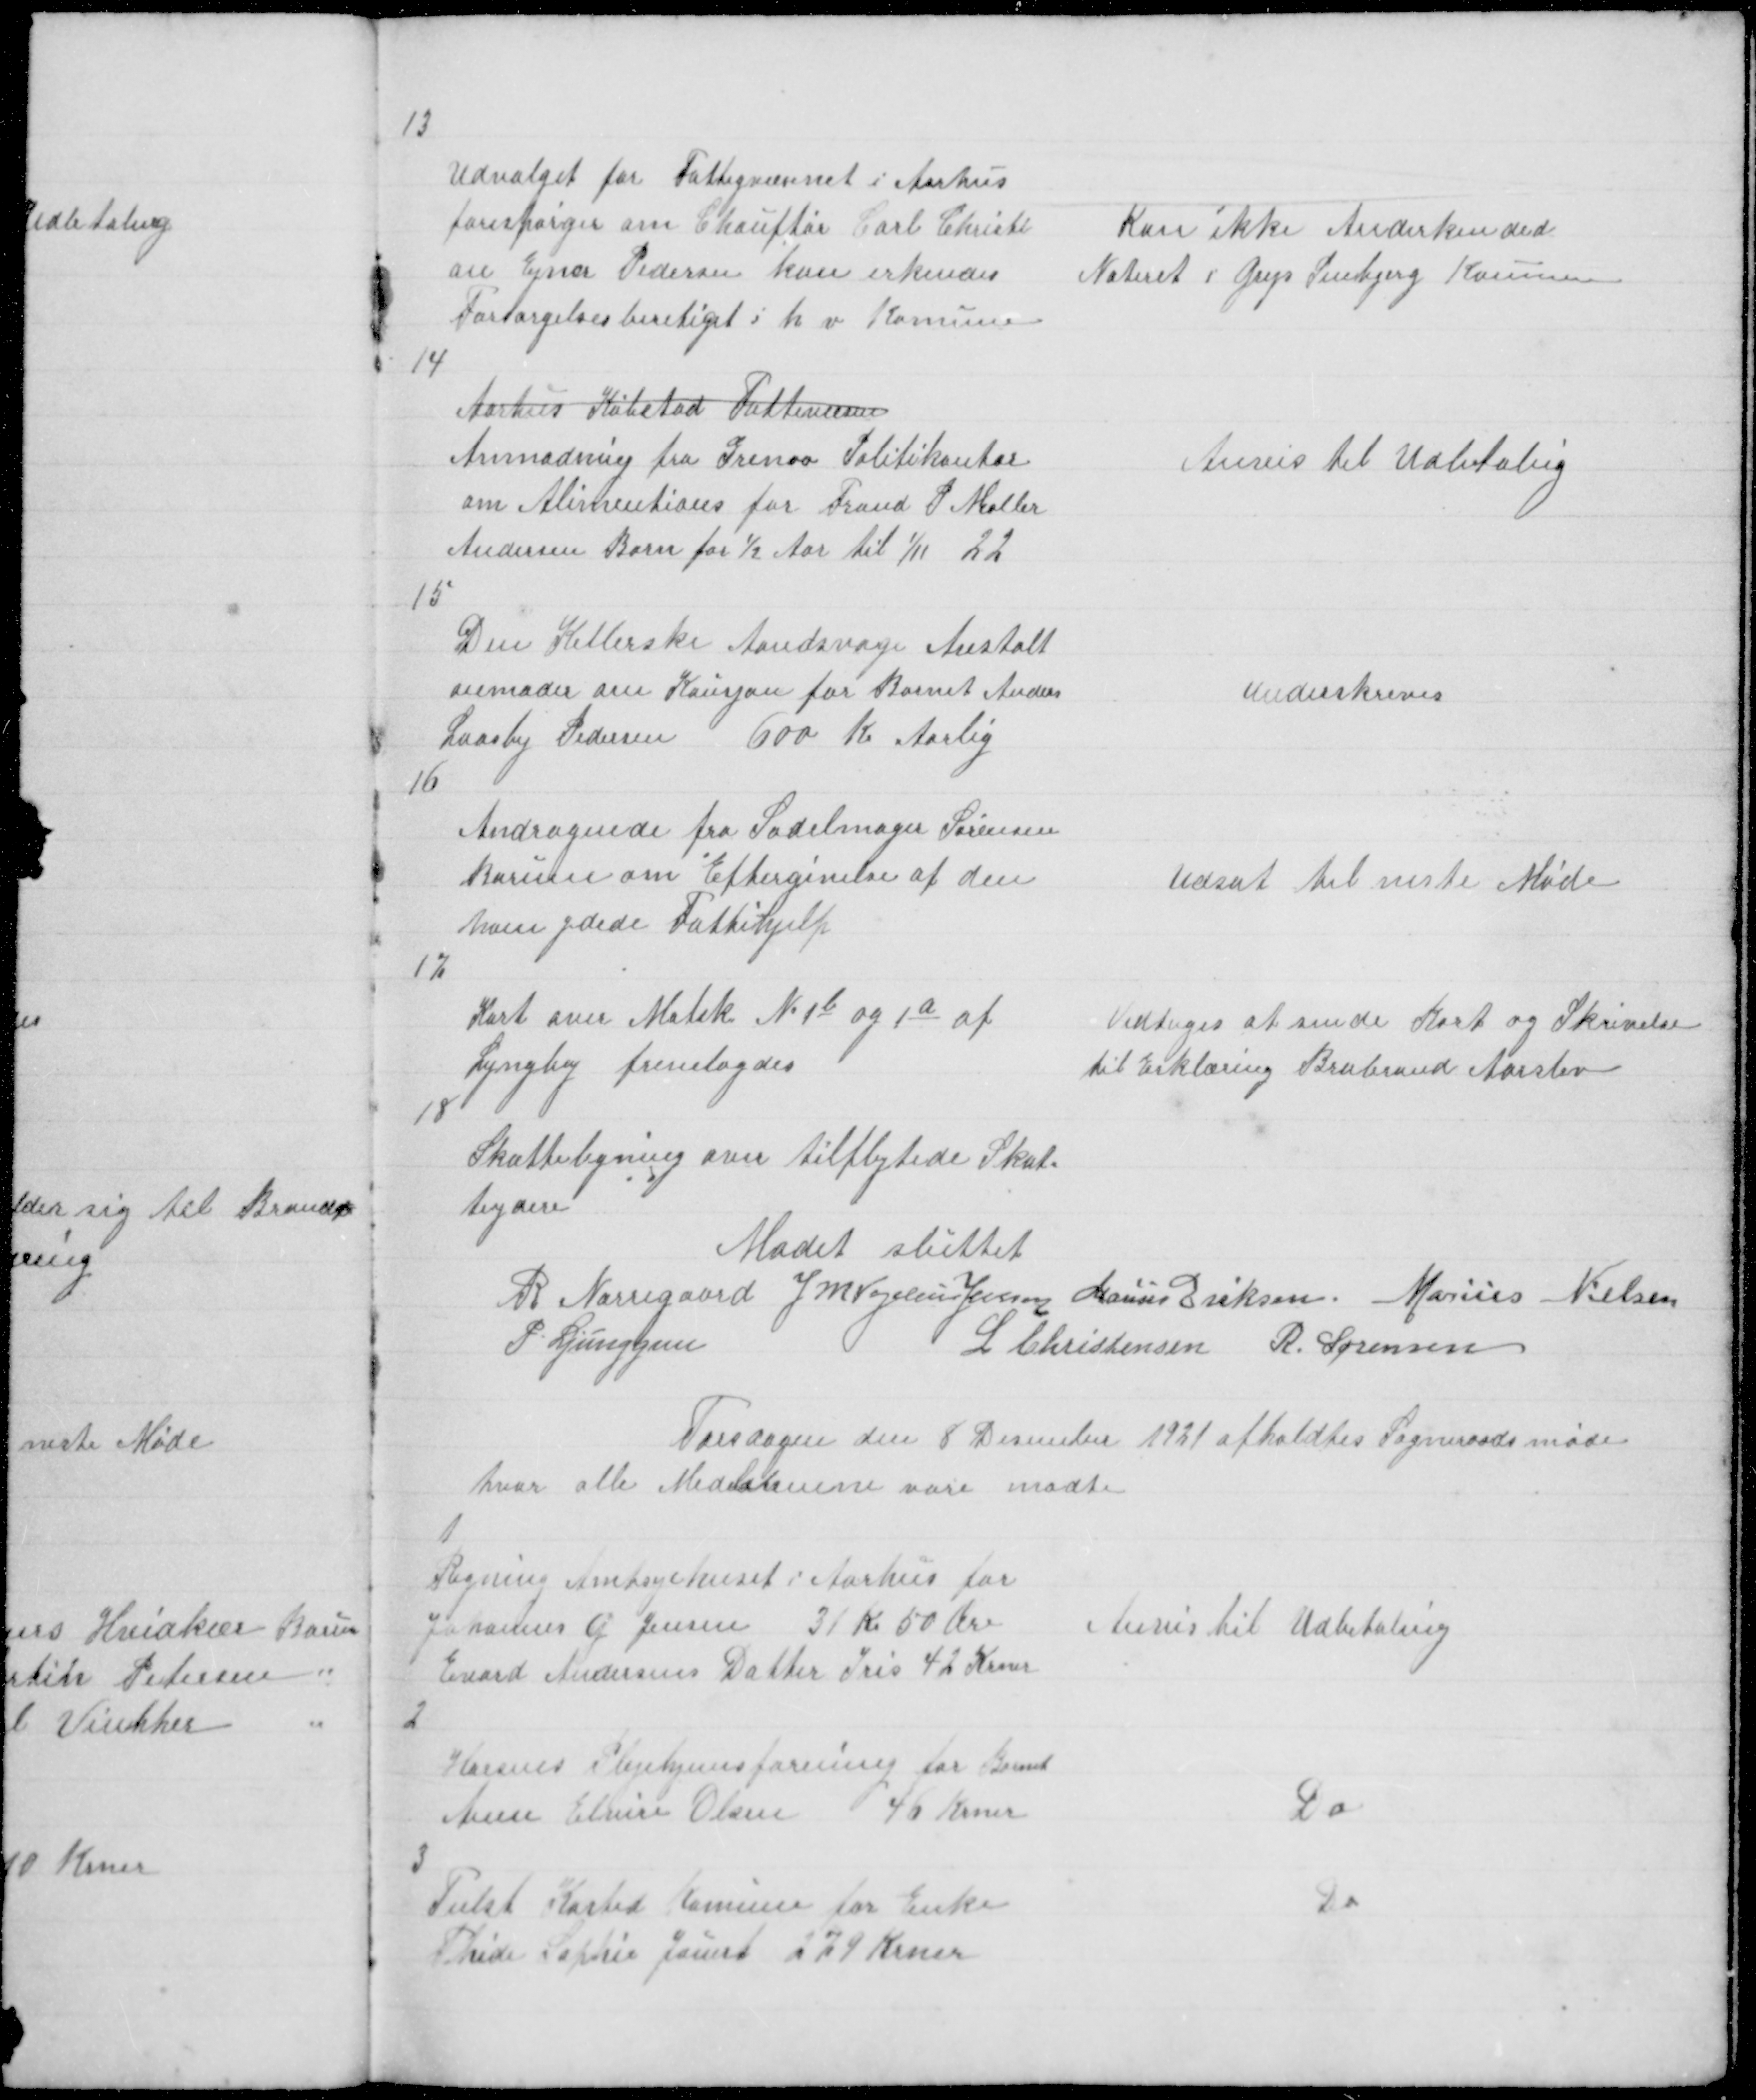
Transskription:
13

Udvalget for Fattigvæsenet i Aarhus
forespørger om Chauffør Carl Christi
an Ejner Pedersen kan erkendes
Forsørgelsesberetiget i h v Komune

Kan ikke Anderkended
Noteret i Grejs Sinbjerg Komune

14

Aarhus Købstad Fattivæsen
Anmodning fra Grenaa Politikontor
om Alimentions for Frand P Møller
Andersen Barn for ½ Aar til 1/11 22

Anvis til Udbetaling

15

Den Kellerske Aandsvage Anstalt
anmoder om Kausjon for Barnet Anders
Laasby Pedersen 600 Kr Aarlig

underskreves

16

Andragende fra Sadelmager Sørensen
Borum om Eftergivelse af den
ham ydede Fattihjelp

Udsat til neste Møde

17

Kort over Matrk № 1b og 1a af
Lyngby fremlagdes

Vedtoges at sende Kort og Skrivelse
til Erklæring Brabrand Aarslev

18

Skatteligning over tilflytede Skat=
teydere
Mødet sluttet

R Nørregaard J M Vogelius Jensen Marius Eriksen Marius Nielsen
P Ljunggren
L Christensen R Sørensen

Torsdagen den 8 Desember 1921 afholdtes Sogneraadsmøde
hvor alle Medlemer vare mødte

1

Regning Amtsyehuset i Aarhus for
Johannes G Jensen 31 Kr 50 Øre
Ervard Andersens Datter Iris 42 Krner

Anvis til Udbetaling

2

Horsens Plejehjemsforening for Barnet
Anne Eline Olsen
46 Krner

Do

3

Tielst Kasted Komune for Enke
Thide Sophie Jauert 279 Krner

Do